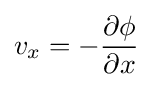
v_{x}=-{\frac {\partial \phi }{\partial x}}